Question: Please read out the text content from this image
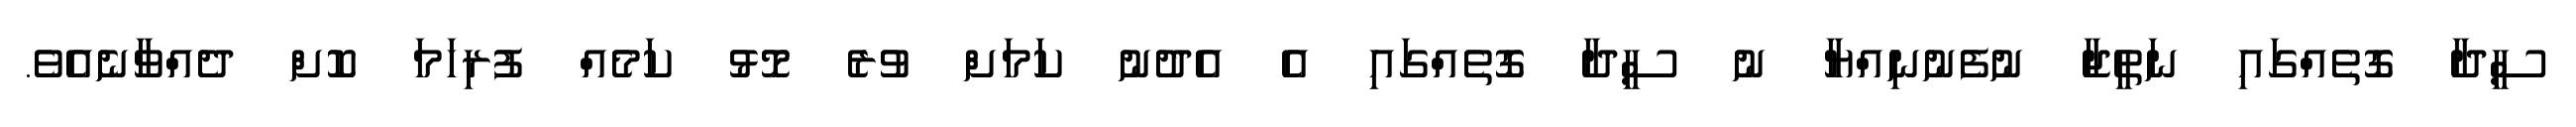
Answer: ސީދާ ގޮތެއްގައި ނަތީޖާ ނުފެނުނިއްޔާ ނު ސީދާ ގޮތެއްގައި އެ އެދުނު ކަމަށް ވުރެ މޮޅު ކަމެއް ފުރިހަމަ ކޮށް ދެއްވާނެއެވެ.